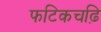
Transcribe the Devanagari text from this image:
फटिकचढ़ि